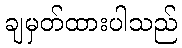
ချမှတ်ထားပါသည်